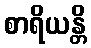
စာရိယန္တိ